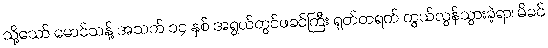
သို့သော် မောင်သန့် အသက် ၁၄ နှစ် အရွယ်တွင်ဖခင်ကြီး ရုတ်တရက် ကွယ်လွန်သွားခဲ့ရာ၊ မိခင်